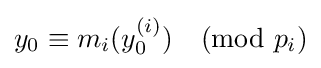
y_{0}\equiv m_{i}(y_{0}^{(i)}){\pmod {p_{i}}}